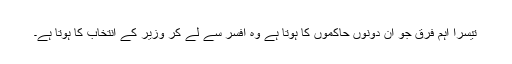
تیسرا اہم فرق جو ان دونوں حاکموں کا ہوتا ہے وہ افسر سے لے کر وزیر کے انتخاب کا ہوتا ہے۔